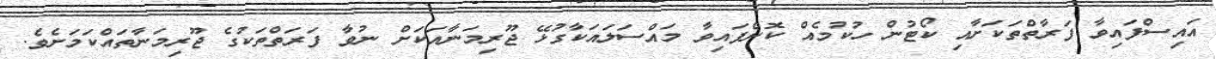
އައިސްފައިވާ ފަރާތްތަކަށާއި ކޯޓުން ހުކުމެއް ކޮށްފައިވާ މައްސަލައަކާގުޅޭ ޖޫރިމަނާއަކަށް ނުވާ ފަރަތްތަކުގެ ޖޫރިމަނާތަައްކަމަށެވެ.